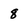
Character: 8